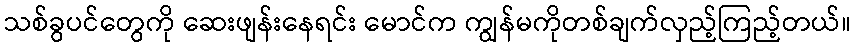
သစ်ခွပင်တွေကို ဆေးဖျန်းနေရင်း မောင်က ကျွန်မကိုတစ်ချက်လှည့်ကြည့်တယ်။